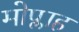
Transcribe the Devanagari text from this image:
मोप्लाह